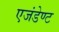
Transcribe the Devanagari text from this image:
एजंडेण्ट